Indian journal of veterinary science and animal husbandry - Volume 12,
Year: 1942
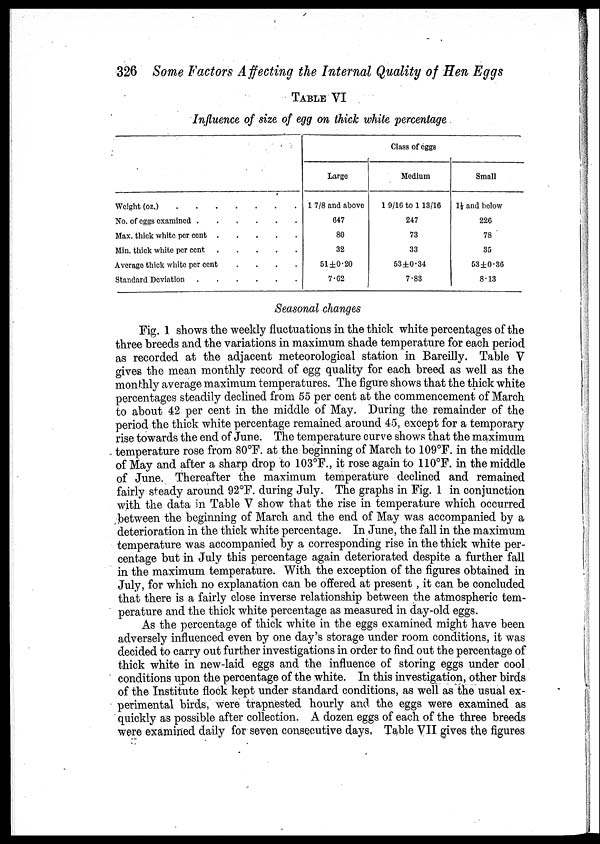
326 Some Factors Affecting the Internal Quality of Hen Eggs
TABLE VI
Influence of size of egg on thick white percentage
Weight (oz.)
No. of eggs examined
Max. thick white per cent
Min. thick white per cent
Average thick white per cent
....
Standard Deviation
Class of eggs
Large
1 7/8 and above
647
80
32
51 ±0.20
7.62
Medium
1 9/16 to 1 13/16
247
73
33
53±0.34
7.83
Small
1½ and below
226
78
35
53±0.36
8.13
Seasonal changes
Fig. 1 shows the weekly fluctuations in the thick white percentages of the
three breeds and the variations in maximum shade temperature for each period
as recorded at the adjacent meteorological station in Bareilly. Table V
gives the mean monthly record of egg quality for each breed as well as the
monthly average maximum temperatures. The figure shows that the thick white
percentages steadily declined from 55 per cent at the commencement of March
to about 42 per cent in the middle of May. During the remainder of the
period the thick white percentage remained around 45, except for a temporary
rise towards the end of June. The temperature curve shows that the maximum
temperature rose from 80°F. at the beginning of March to 109°F. in the middle
of May and after a sharp drop to 103°F., it rose again to 110°F. in the middle
of June. Thereafter the maximum temperature declined and remained
fairly steady around 92°F. during July. The graphs in Fig. 1 in conjunction
with the data in Table V show that the rise in temperature which occurred
between the beginning of March and the end of May was accompanied by a
deterioration in the thick white percentage. In June, the fall in the maximum
temperature was accompanied by a corresponding rise in the thick white per-
centage but in July this percentage again deteriorated despite a further fall
in the maximum temperature. With the exception of the figures obtained in
July, for which no explanation can be offered at present , it can be concluded
that there is a fairly close inverse relationship between the atmospheric tem-
perature and the thick white percentage as measured in day-old eggs.
As the percentage of thick white in the eggs examined might have been
adversely influenced even by one day's storage under room conditions, it was
decided to carry out further investigations in order to find out the percentage of
thick white in new-laid eggs and the influence of storing eggs under cool
conditions upon the percentage of the white. In this investigation, other birds
of the Institute flock kept under standard conditions, as well as the usual ex-
perimental birds, were trapnested hourly and the eggs were examined as
quickly as possible after collection. A dozen eggs of each of the three breeds
were examined daily for seven consecutive days, Table VII gives the figures